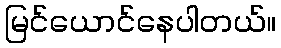
မြင်ယောင်နေပါတယ်။